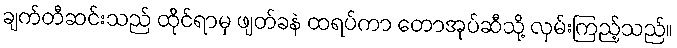
ချက်တီဆင်းသည် ထိုင်ရာမှ ဖျတ်ခနဲ ထရပ်ကာ တောအုပ်ဆီသို့ လှမ်းကြည့်သည်။